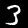
Digit: 3